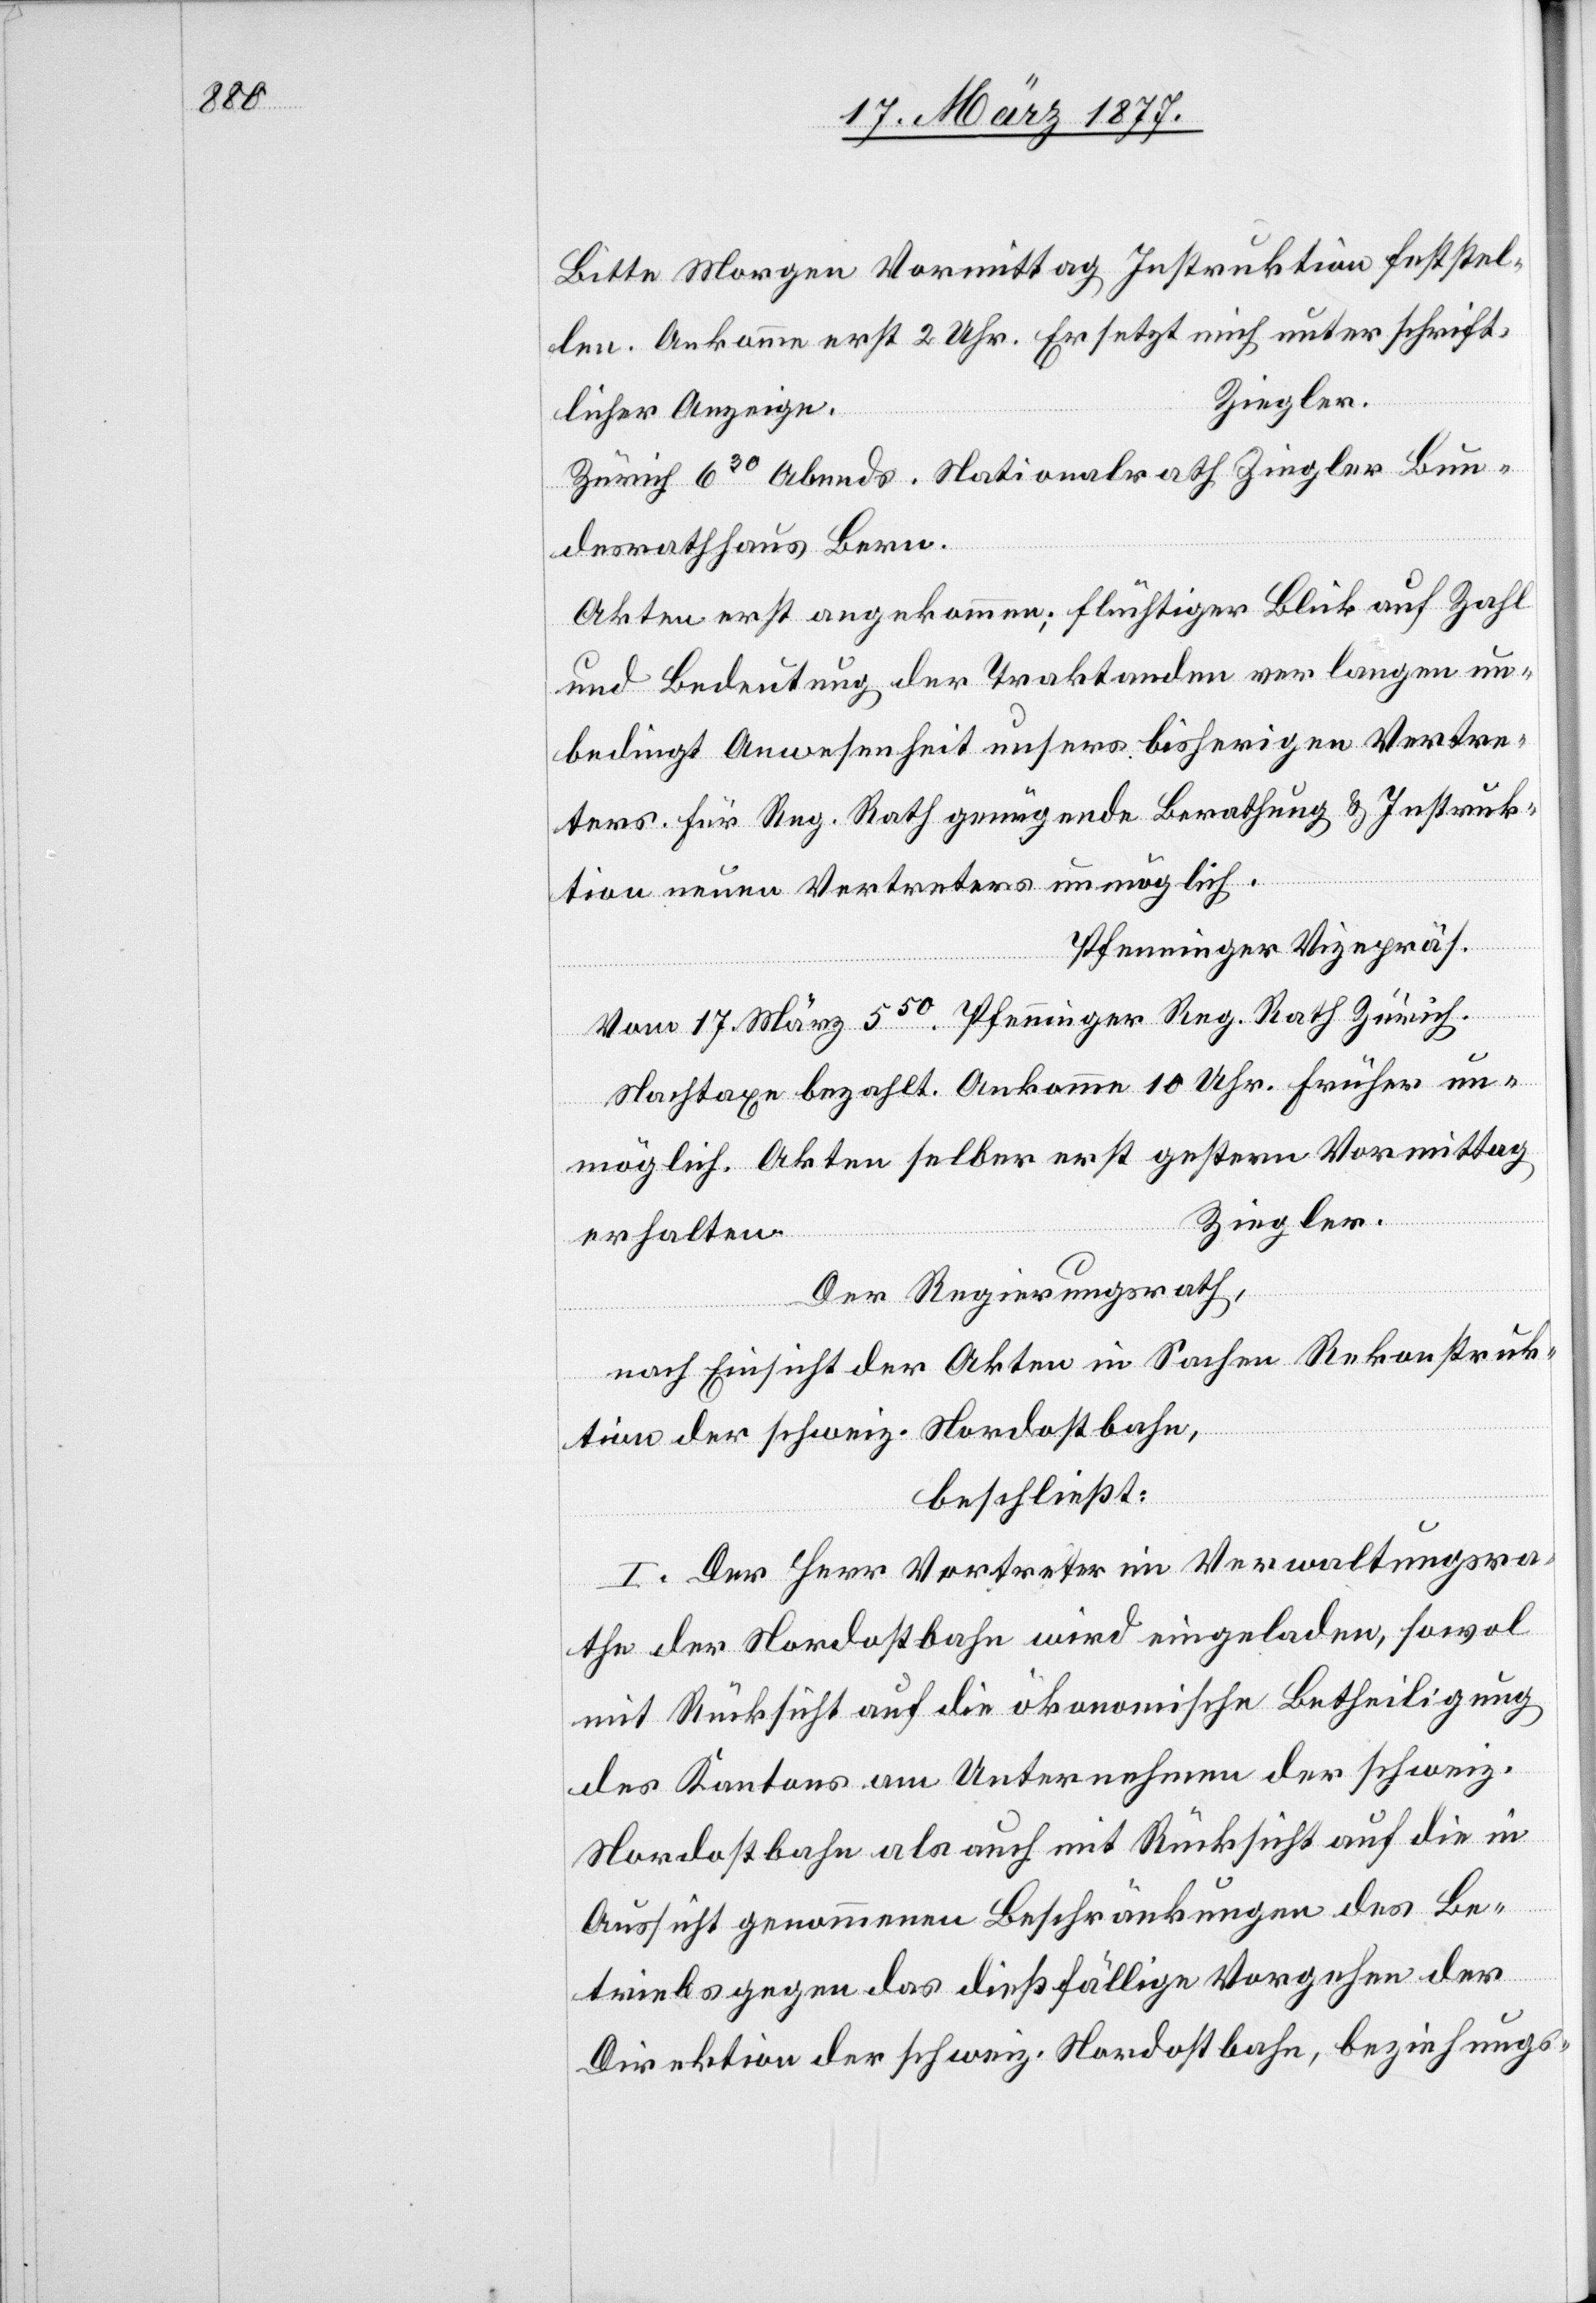
Bitte Morgen Vormittag Instruktion feststel¬
len. Ankomme erst 2 Uhr. Ersetzt mich unter schrift¬
licher Anzeige.
Zürich 630 Abends. Nationalrath Ziegler Bun¬
desrathhaus Bern.
Akten erst angekommen; flüchtiger Blick auf Zahl
und Bedeutung der Traktanden verlangen un¬
bedingt Anwesenheit unsers bisherigen Vertre¬
ters. Für Reg. Rath genügende Berathung & Instruk¬
tion neuen Vertreters unmöglich.
Pfenninger Vizepräs.
Vom 17. März 550. Pfenninger Reg. Rath Zürich.
Nachtaxe bezahlt. Ankomme 10 Uhr. Früher un¬
möglich. Akten selber erst gestern Vormittag
Ziegler.
erhalten.
Der Regierungsrath,
nach Einsicht der Akten in Sachen Rekonstruk¬
tion der schweiz. Nordostbahn,
beschließt:
I. Der Herr Vertreter im Verwaltungsra¬
the der Nordostbahn wird eingeladen, sowol
mit Rücksicht auf die ökonomische Betheiligung
des Kantons am Unternehmen der schweiz.
Nordostbahn als auch mit Rücksicht auf die in
Aussicht genommenen Beschränkungen des Be¬
triebs gegen das dießfällige Vorgehen der
Direktion der schweiz. Nordostbahn, beziehungs-